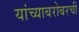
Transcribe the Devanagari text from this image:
यांच्याबरोबरची